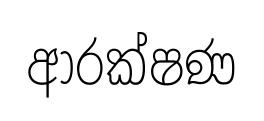
ආරක්ෂණ